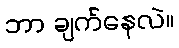
ဘာ ချက်နေလဲ။